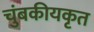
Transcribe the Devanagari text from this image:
चुंबकीयकृत